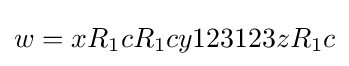
w=xR_{1}cR_{1}cy123123zR_{1}c